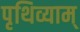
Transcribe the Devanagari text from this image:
पृथिव्याम्